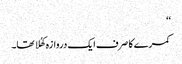
‘‘
کمرے کا صرف ایک دروازہ کھُلا تھا۔